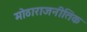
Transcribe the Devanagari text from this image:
मोठाराजनीतिक